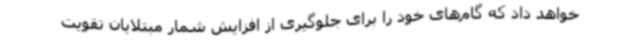
خواهد داد که گام‌های خود را برای جلوگیری از افزایش شمار مبتلایان تقویت